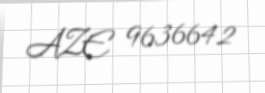
AZE 9636642